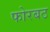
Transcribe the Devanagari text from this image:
फोरबठ